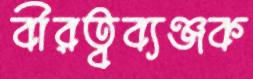
বীরত্বব্যঞ্জক